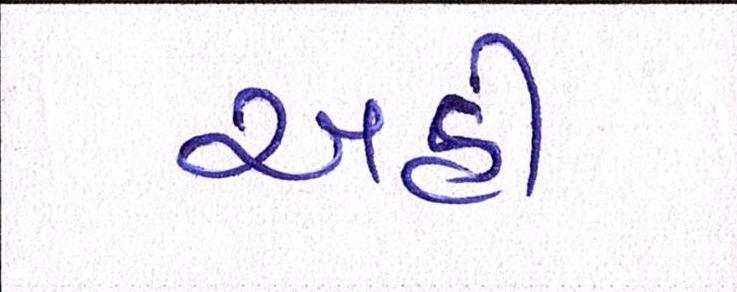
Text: અહીં